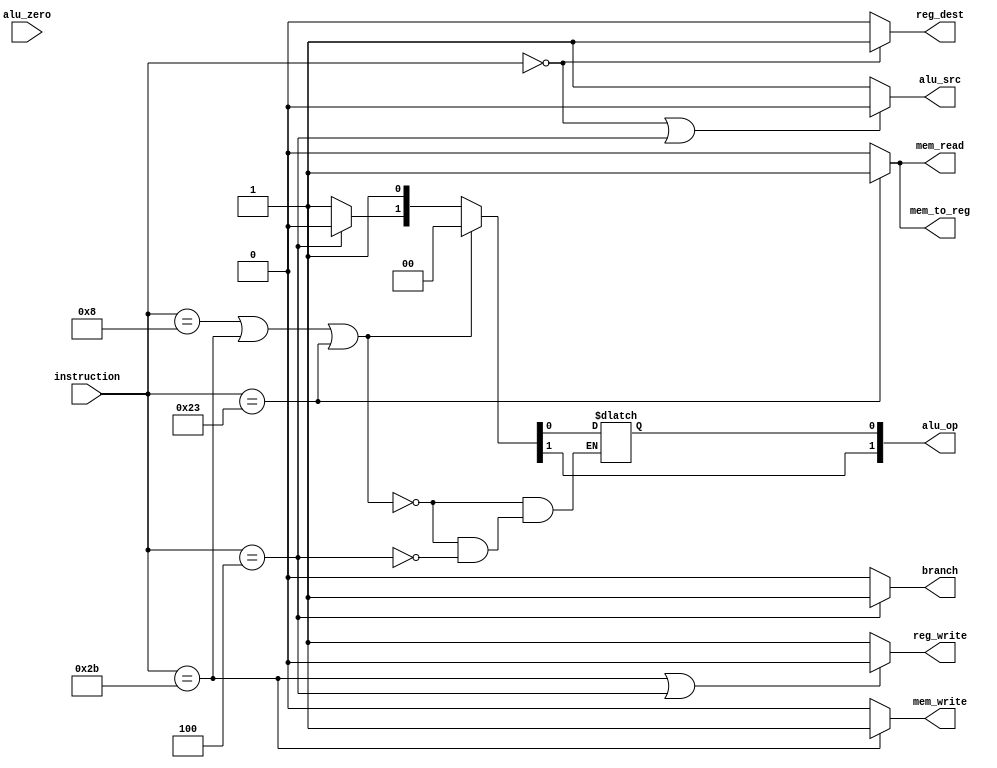
module control_unit(instruction,alu_zero,mem_write,reg_write,reg_dest,mem_to_reg,alu_src,alu_op,branch,mem_read);
input [5:0] instruction;
input alu_zero;

output reg mem_write;
output	reg reg_write;
output	reg reg_dest;
output	reg mem_to_reg;
output	reg alu_src;
output	reg [1:0]	alu_op;
output	reg branch;
output reg mem_read;

assign op = instruction[31:26]; // Set the opcode

always @(instruction)
begin
begin
if (instruction == 6'h4) begin
branch = 1'b1;
end else begin
branch = 1'b0;
end
end

begin
if(instruction == 6'h0) begin
    reg_dest=1'b1;
end else begin
    reg_dest=1'b0;
end
end

begin
if(instruction == 6'h23) begin
    mem_read=1'b1;
    mem_to_reg=1'b1;
end else begin
    mem_read=1'b0;
    mem_to_reg=1'b0;
end
end

begin
if(instruction == 6'h2B) begin
    mem_write=1'b1;
end else begin
    mem_write=1'b0;
end
end

begin
if((instruction == 6'h0) || 
    (instruction == 6'h4)) begin
    alu_src=1'b0;
end else begin
    alu_src=1'b1;
end
end

begin
if((instruction == 6'h2B) || 
    (instruction == 6'h4)) begin
    reg_write=1'b0;
end else begin
    reg_write=1'b1;
end
end

begin
if((instruction == 6'h8) ||
    (instruction == 6'h2B) ||
    (instruction == 6'h23)) begin
    alu_op=2'b00;
end else begin
if(instruction == 6'h4) begin
    alu_op=2'b01;
end else begin
    alu_op[1]=1'b1;
end
end
end
end
endmodule